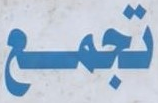
تجمع